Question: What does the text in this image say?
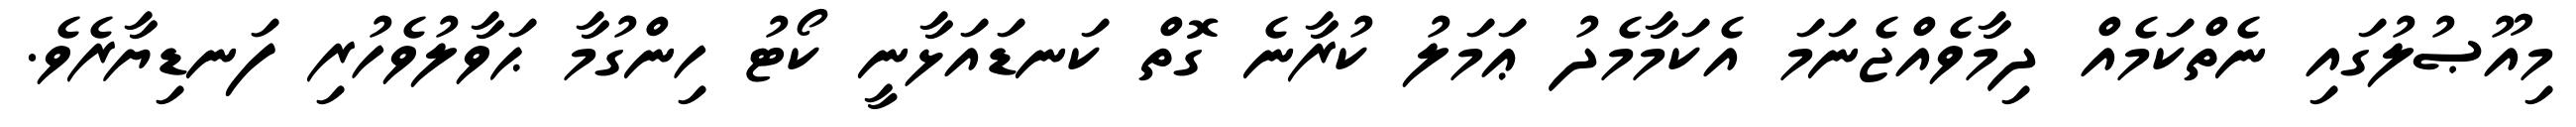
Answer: މިއޫޞުލުގައި ނެތްކަމެއް ދިމާވެއްޖެނަމަ އެކަމާމެދު ޢަމަލު ކުރާނެ ގޮތް ކަނޑައަޅާނީ ކޯޓު ހިންގުމާ ޙަވާލުވެހުރި ފަނޑިޔާރެވެ.